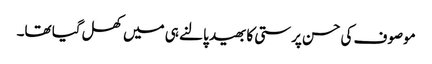
موصوف کی حسن پرستی کا بھید پالنے ہی میں کھل گیا تھا۔